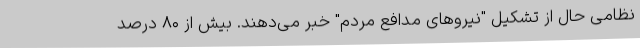
نظامی حال از تشکیل "نیروهای مدافع مردم" خبر می‌دهند. بیش از ۸۰ درصد